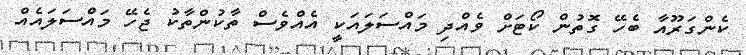
ކެންގަރޫއާ ބެހޭ ގޮތުން ކޯޓަށް ވެއްދި މައްސަލައަކީ އެއްވެސް ތާކުންތާކު ޖެހޭ މައްސަލައެއް